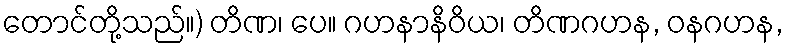
တောင်တို့သည်။) တိဏ၊ ပေ။ ဂဟနာနိဝိယ၊ တိဏဂဟန, ဝနဂဟန,